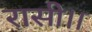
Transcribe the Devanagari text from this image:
रासी।।